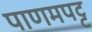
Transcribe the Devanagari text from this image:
पाणमपट्ट